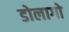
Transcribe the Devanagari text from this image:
डोलागो